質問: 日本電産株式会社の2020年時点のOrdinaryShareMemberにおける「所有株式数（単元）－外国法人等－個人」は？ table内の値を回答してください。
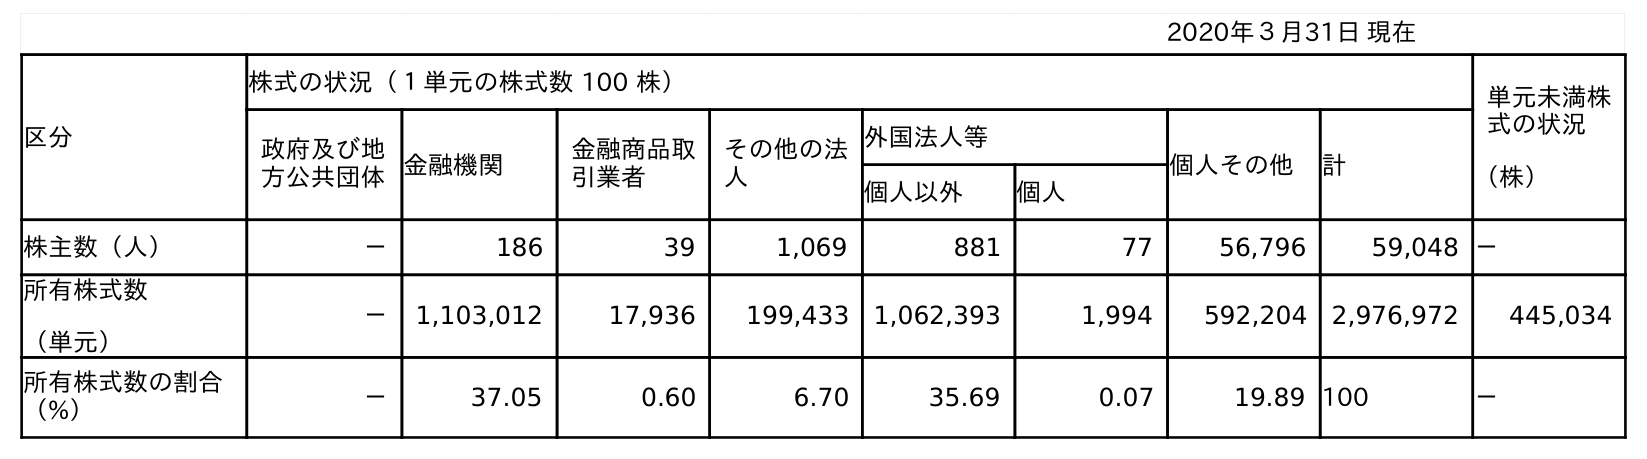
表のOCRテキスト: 2020年３月31日 現在 区分 株式の状況（１単元の株式数 100 株） 単元未満株 式の状況 （株） 政府及び地 方公共団体金融機関 金融商品取 引業者 その他の法 人 外国法人等 個人その他 計 個人以外 個人 株主数（人） － 186 39 1,069 881 77 56,796 59,048 － 所有株式数 （単元） － 1,103,012 17,936 199,433 1,062,393 1,994 592,204 2,976,972 445,034 所有株式数の割合 （%） － 37.05 0.60 6.70 35.69 0.07 19.89 100 －
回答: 1,994